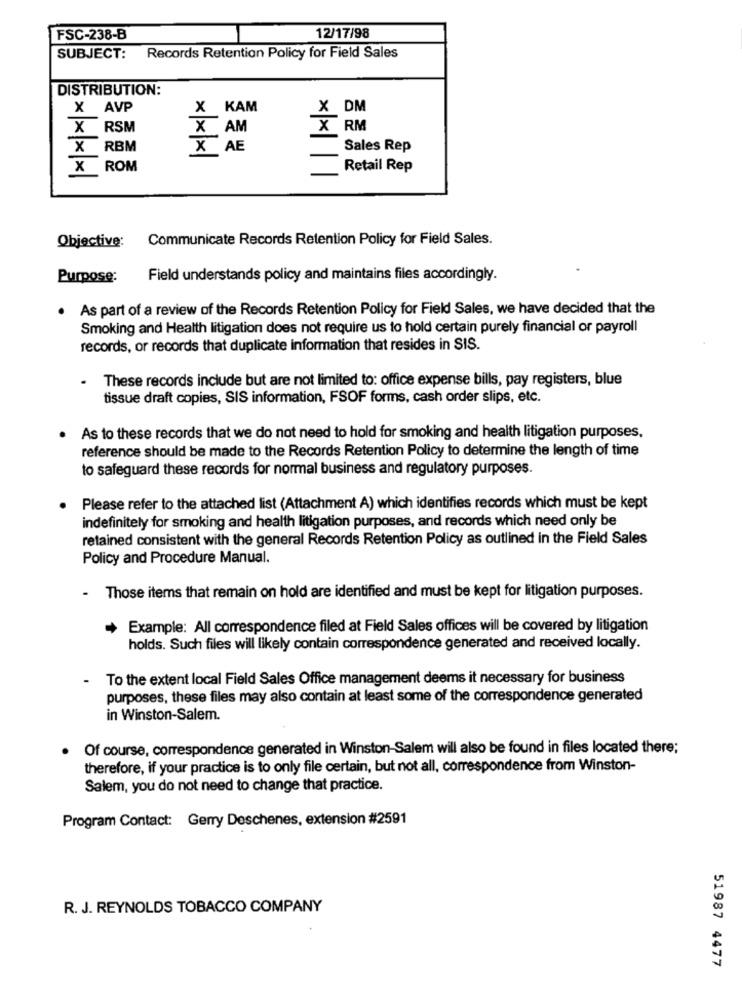
FSC-238-B
12/17/98
SUBJECT: Records Retention Policy for Field Sales
DISTRIBUTION:
X AVP
X KAM
X DM
X RSM
X AM
X RM
X RBM
X AE
Sales Rep
x
ROM
Retail Rep
Communicate Records Retention Policy for Field Sales.
Objective:
Purpose:
Field understands policy and maintains files accordingly.
. As part of a review of the Records Retention Policy for Field Sales, we have decided that the
Smoking and Health litigation does not require us to hold certain purely financial or payroll
records, or records that duplicate information that resides in SIS.
.
These records include but are not limited to: office expense bills, pay registers, blue
tissue draft copies, SIS information, FSOF forms, cash order slips, etc.
. As to these records that we do not need to hold for smoking and health litigation purposes,
reference should be made to the Records Retention Policy to determine the length of time
to safeguard these records for normal business and regulatory purposes.
Please refer to the attached list (Attachment A) which identifies records which must be kept
indefinitely for smoking and health litigation purposes, and records which need only be
retained consistent with the general Records Retention Policy as outlined in the Field Sales
Policy and Procedure Manual.
- Those items that remain on hold are identified and must be kept for litigation purposes.
Example: All correspondence filed at Field Sales offices will be covered by litigation
holds. Such files will likely contain correspondence generated and received locally.
.
To the extent local Field Sales Office management deems it necessary for business
purposes, these files may also contain at least some of the correspondence generated
in Winston-Salem.
Of course, correspondence generated in Winston-Salem will also be found in files located there;
therefore, if your practice is to only file certain, but not all, correspondence from Winston-
Salem, you do not need to change that practice.
Program Contact: Gerry Deschenes, extension #2591
R. J. REYNOLDS TOBACCO COMPANY
51987 4477